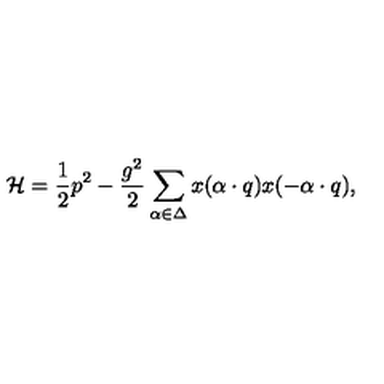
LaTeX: { \cal H } = { \frac { 1 } { 2 } } p ^ { 2 } - { \frac { g ^ { 2 } } { 2 } } \sum _ { \alpha \in \Delta } x ( \alpha \cdot q ) x ( - \alpha \cdot q ) ,